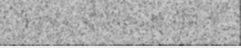
ព្រៃនេះ នៅពេលល្ងាចឡើងគោ